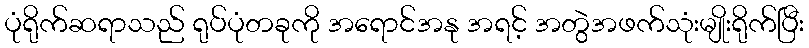
ပုံရိုက်ဆရာသည် ရုပ်ပုံတခုကို အရောင်အနု အရင့် အတွဲအဖက်သုံးမျိုးရိုက်ပြီး